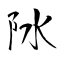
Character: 阥